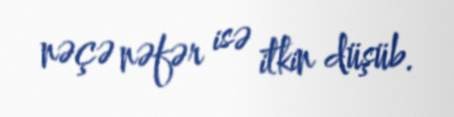
nəçə nəfər isə itkin düşüb.